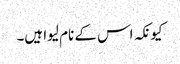
کیونکہ اس کے نام لیوا ہیں۔